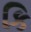
કિ